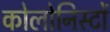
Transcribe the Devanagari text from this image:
कोलोनिस्टों